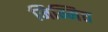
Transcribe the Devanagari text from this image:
निम्मित्त